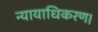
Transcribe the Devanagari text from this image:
न्यायाधिकरण।